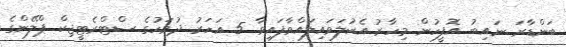
ބަންޑާރަ ނައިބު އޮފީހުން މިހާރު އެކުލަވައިލައްވާފައިވާ 5 އަހަރު ދުވަހުގެ ސްޓްރެޓީޖިކް ޕްލޭންގެ